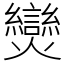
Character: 𤓖